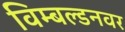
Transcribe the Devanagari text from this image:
विम्बल्डनवर